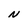
Character: N